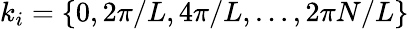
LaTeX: k_{i}=\{ 0,2\pi/L,4\pi/L,\ldots,2\pi N/L\}